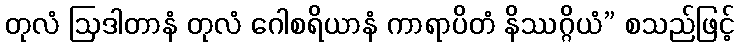
တုလံ ဩဒါတာနံ တုလံ ဂေါစရိယာနံ ကာရာပိတံ နိဿဂ္ဂိယံ” စသည်ဖြင့်